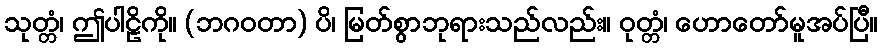
သုတ္တံ၊ ဤပါဠိကို။ (ဘဂဝတာ) ပိ၊ မြတ်စွာဘုရားသည်လည်း။ ဝုတ္တံ၊ ဟောတော်မူအပ်ပြီ။